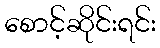
စောင့်ဆိုင်းရင်း